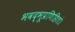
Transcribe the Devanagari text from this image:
भवद्भूप्रणिहितां।